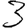
Digit: 3